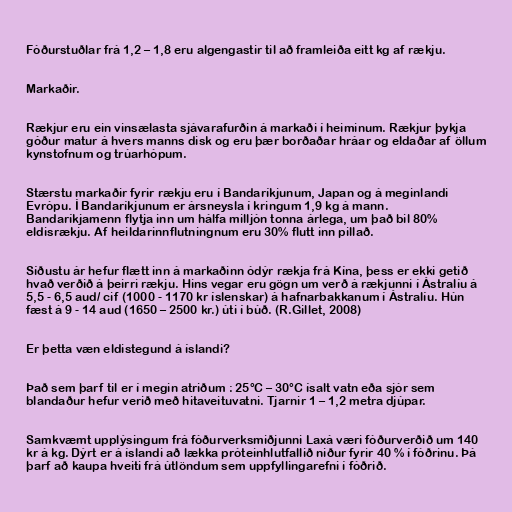
Fóðurstuðlar frá 1,2 – 1,8 eru algengastir til að framleiða eitt kg af rækju.

Markaðir.

Rækjur eru ein vinsælasta sjávarafurðin á markaði í heiminum. Rækjur þykja
góður matur á hvers manns disk og eru þær borðaðar hráar og eldaðar af öllum
kynstofnum og trúarhópum.

Stærstu markaðir fyrir rækju eru í Bandaríkjunum, Japan og á meginlandi
Evrópu. Í Bandaríkjunum er ársneysla í kringum 1,9 kg á mann.
Bandaríkjamenn flytja inn um hálfa milljón tonna árlega, um það bil 80%
eldisrækju. Af heildarinnflutningnum eru 30% flutt inn pillað.

Síðustu ár hefur flætt inn á markaðinn ódýr rækja frá Kína, þess er ekki getið
hvað verðið á þeirri rækju. Hins vegar eru gögn um verð á rækjunni í Ástralíu á
5,5 - 6,5 aud/ cif (1000 - 1170 kr íslenskar) á hafnarbakkanum í Ástralíu. Hún
fæst á 9 - 14 aud (1650 – 2500 kr.) úti í búð. (R.Gillet, 2008)

Er þetta væn eldistegund á íslandi?

Það sem þarf til er í megin atriðum : 25°C – 30°C ísalt vatn eða sjór sem
blandaður hefur verið með hitaveituvatni. Tjarnir 1 – 1,2 metra djúpar.

Samkvæmt upplýsingum frá fóðurverksmiðjunni Laxá væri fóðurverðið um 140
kr á kg. Dýrt er á íslandi að lækka próteinhlutfallið niður fyrir 40 % í fóðrinu. Þá
þarf að kaupa hveiti frá útlöndum sem uppfyllingarefni í fóðrið.